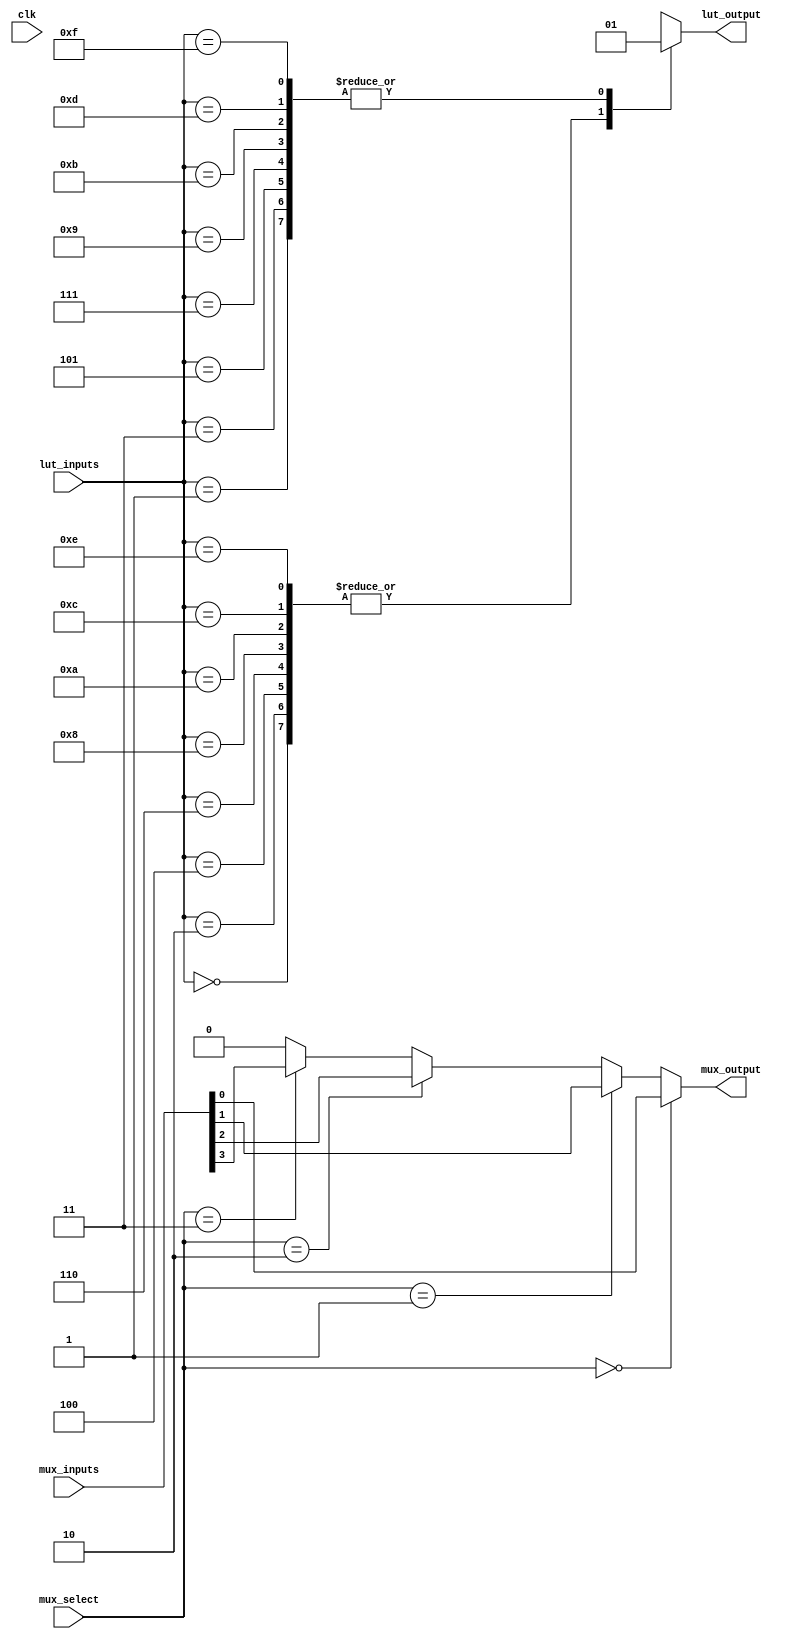
module CLB (
    input wire [3:0] lut_inputs,      // 4 inputs for the LUT
    input wire [1:0] mux_select,      // 2-bit select for the multiplexer
    input wire [3:0] mux_inputs,       // Inputs for the multiplexer
    input wire clk,                    // Clock signal (for flip-flops if needed)
    output wire lut_output,            // Output from the LUT
    output wire mux_output             // Output from the multiplexer
);

// Configuration memory for the LUT (4-input LUT)
reg [15:0] lut_config; // 16 possible combinations for 4 inputs

// LUT implementation
always @(*) begin
    case (lut_inputs)
        4'b0000: lut_output = lut_config[0];
        4'b0001: lut_output = lut_config[1];
        4'b0010: lut_output = lut_config[2];
        4'b0011: lut_output = lut_config[3];
        4'b0100: lut_output = lut_config[4];
        4'b0101: lut_output = lut_config[5];
        4'b0110: lut_output = lut_config[6];
        4'b0111: lut_output = lut_config[7];
        4'b1000: lut_output = lut_config[8];
        4'b1001: lut_output = lut_config[9];
        4'b1010: lut_output = lut_config[10];
        4'b1011: lut_output = lut_config[11];
        4'b1100: lut_output = lut_config[12];
        4'b1101: lut_output = lut_config[13];
        4'b1110: lut_output = lut_config[14];
        4'b1111: lut_output = lut_config[15];
        default: lut_output = 1'b0; // Default case
    endcase
end

// Multiplexer implementation
assign mux_output = (mux_select == 2'b00) ? mux_inputs[0] :
                    (mux_select == 2'b01) ? mux_inputs[1] :
                    (mux_select == 2'b10) ? mux_inputs[2] :
                    (mux_select == 2'b11) ? mux_inputs[3] : 1'b0;

// Configuration memory initialization (for simulation purposes)
initial begin
    lut_config = 16'b1010101010101010; // Example configuration
end

endmodule